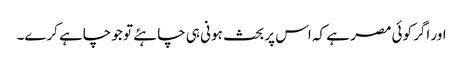
اور اگر کوئی مصر ہے کہ اس پر بحث ہونی ہی چاہئے تو جو چاہے کرے۔